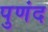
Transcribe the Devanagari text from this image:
पुणंद